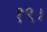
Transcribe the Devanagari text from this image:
१९।